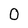
Character: 0